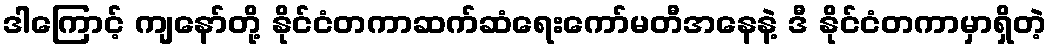
ဒါကြောင့် ကျနော်တို့ နိုင်ငံတကာဆက်ဆံရေးကော်မတီအနေနဲ့ ဒီ နိုင်ငံတကာမှာရှိတဲ့